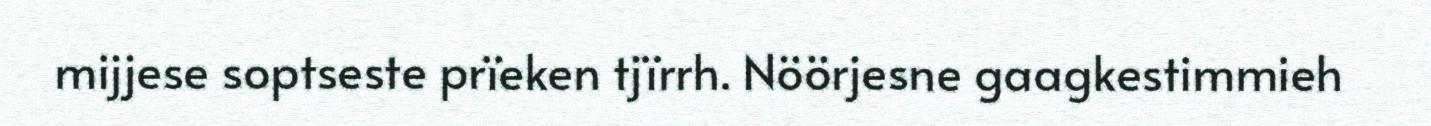
mijjese soptseste prïeken tjïrrh. Nöörjesne gaagkestimmieh